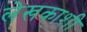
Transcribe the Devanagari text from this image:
लेखकाशी